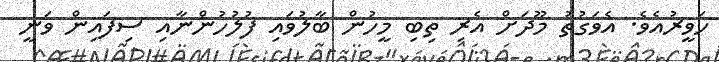
ހަވީރުއެވެ. އެވަގުތު މޫދަށް އެރި ތިބި މީހުން ބާލުވައި ފުލުހުންނާއި ސިފައިން ވަނީ